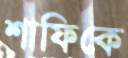
শাফিকে